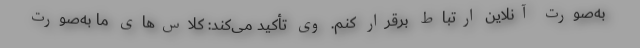
به‌صورت آنلاین ارتباط برقرار کنم. وی تأکید می‌کند: کلاس‌های ما به‌صورت